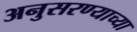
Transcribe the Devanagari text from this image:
अनुसरण्याच्या